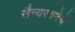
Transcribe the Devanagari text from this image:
सैन्यरचनेचे